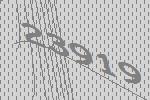
23919